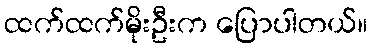
ထက်ထက်မိုးဦးက ပြောပါတယ်။